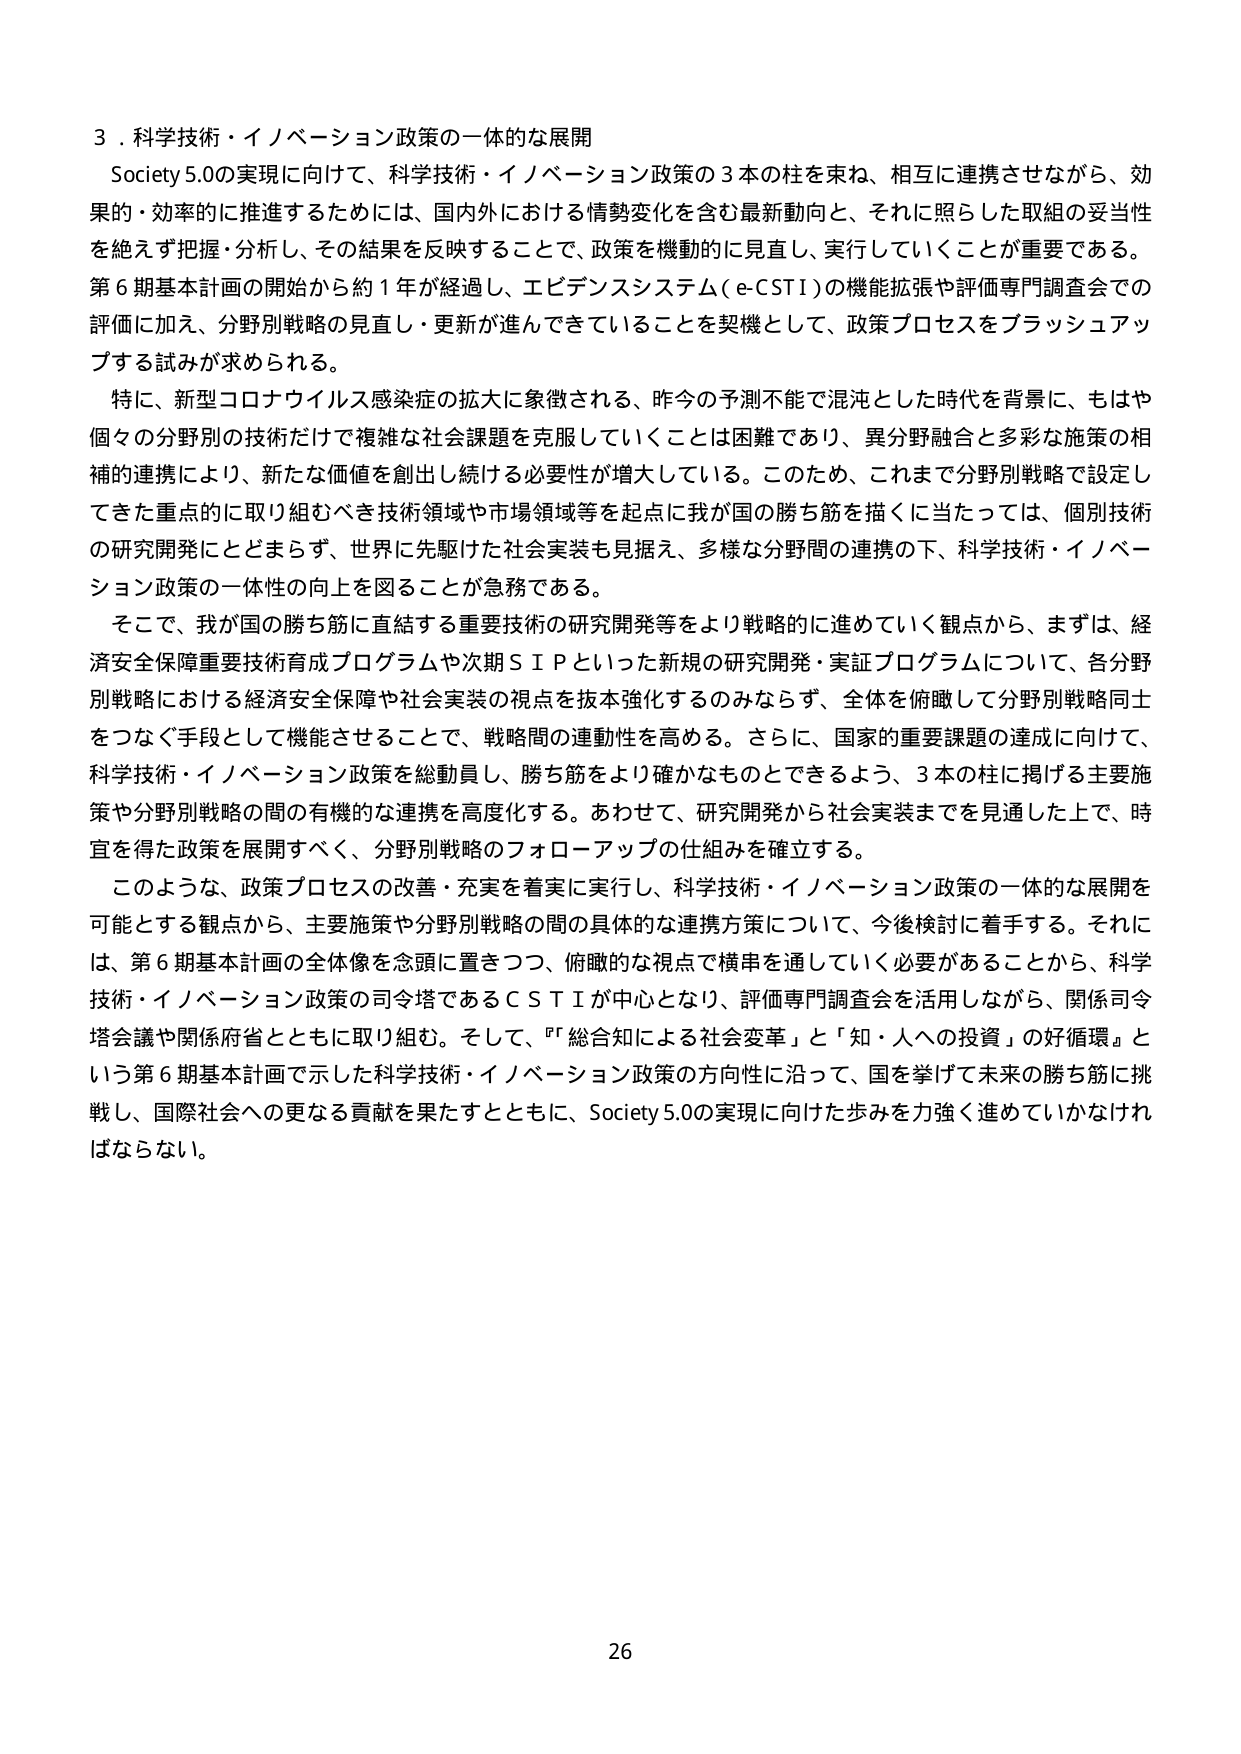
３．科学技術・イノベーション政策の一体的な展開
Society 5.0の実現に向けて、科学技術・イノベーション政策の３本の柱を束ね、相互に連携させながら、効果的・効率的に推進するためには、国内外における情勢変化を含む最新動向と、それに照らした取組の妥当性を絶えず把握・分析し、その結果を反映することで、政策を機動的に見直し、実行していくことが重要である。第６期基本計画の開始から約１年が経過し、エビデンスシステム（e-CSTI）の機能拡張や評価専門調査会での評価に加え、分野別戦略の見直し・更新が進んできていることを契機として、政策プロセスをブラッシュアップする試みが求められる。

特に、新型コロナウイルス感染症の拡大に象徴される、昨今の予測不能で混沌とした時代を背景に、もはや個々の分野別の技術だけで複雑な社会課題を克服していくことは困難であり、異分野融合と多彩な施策の相補的連携により、新たな価値を創出し続ける必要性が増大している。このため、これまで分野別戦略で設定してきた重点的に取り組むべき技術領域や市場領域等を起点に我が国の勝ち筋を描くに当たっては、個別技術の研究開発にとどまらず、世界に先駆けた社会実装も見据え、多様な分野間の連携の下、科学技術・イノベーション政策の一体性の向上を図ることが急務である。

そこで、我が国の勝ち筋に直結する重要技術の研究開発等をより戦略的に進めていく観点から、まずは、経済安全保障重要技術育成プログラムや次期ＳＩＰといった新規の研究開発・実証プログラムについて、各分野別戦略における経済安全保障や社会実装の視点を抜本強化するのみならず、全体を俯瞰して分野別戦略同士をつなぐ手段として機能させることで、戦略間の連動性を高める。さらに、国家的重要課題の達成に向けて、科学技術・イノベーション政策を総動員し、勝ち筋をより確かなものとできるよう、３本の柱に掲げる主要施策や分野別戦略の間の有機的な連携を高度化する。あわせて、研究開発から社会実装までを見通した上で、時宜を得た政策を展開すべく、分野別戦略のフォローアップの仕組みを確立する。

このような、政策プロセスの改善・充実を着実に実行し、科学技術・イノベーション政策の一体的な展開を可能とする観点から、主要施策や分野別戦略の間の具体的な連携方策について、今後検討に着手する。それには、第６期基本計画の全体像を念頭に置きつつ、俯瞰的な視点で横串を通していく必要があることから、科学技術・イノベーション政策の司令塔であるＣＳＴＩが中心となり、評価専門調査会を活用しながら、関係司令塔会議や関係府省とともに取り組む。そして、「総合知による社会変革」と「知・人への投資」の好循環」という第６期基本計画で示した科学技術・イノベーション政策の方向性に沿って、国を挙げて未来の勝ち筋に挑戦し、国際社会への更なる貢献を果たすとともに、Society 5.0の実現に向けた歩みを力強く進めていかなければならない。

26